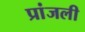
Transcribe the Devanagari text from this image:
प्रांजली